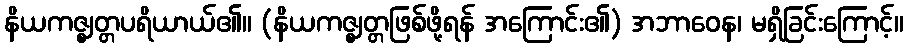
နိယကဇ္ဈတ္တပရိယာယ်၏။ (နိယကဇ္ဈတ္တဖြစ်ဖို့ရန် အကြောင်း၏) အဘာဝေန၊ မရှိခြင်းကြောင့်။